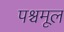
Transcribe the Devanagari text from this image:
पश्चमूल